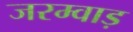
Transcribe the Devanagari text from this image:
जरम्वाड़